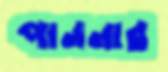
পাননার